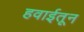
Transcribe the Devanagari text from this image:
हवाईतून